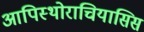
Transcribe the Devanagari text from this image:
आपिस्थोराचियासिस